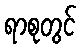
ရာစုတွင်